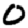
Digit: 0